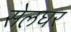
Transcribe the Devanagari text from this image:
सेलघर